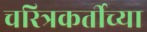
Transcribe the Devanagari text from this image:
चरित्रकर्तीच्या